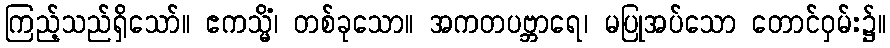
ကြည့်သည်ရှိသော်။ ဧကသ္မိံ၊ တစ်ခုသော။ အကတပဗ္ဘာရေ၊ မပြုအပ်သော တောင်ဝှမ်း၌။